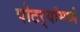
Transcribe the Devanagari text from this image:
पोटर्‍यांमध्ये